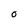
Character: O